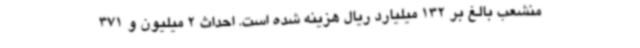
منشعب بالغ بر 132 میلیارد ریال هزینه شده است. احداث 2 میلیون و 371